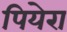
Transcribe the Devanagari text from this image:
पियेरा